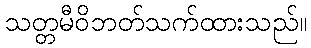
သတ္တမီဝိဘတ်သက်ထားသည်။